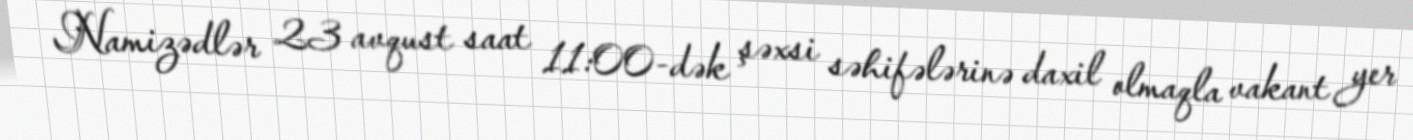
Namizədlər 23 avqust saat 11:00-dək şəxsi səhifələrinə daxil olmaqla vakant yer